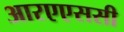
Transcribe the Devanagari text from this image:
आरएएससी